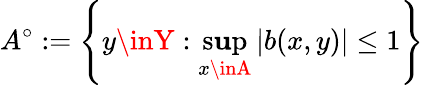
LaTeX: A^{\circ}:=\left\{ y\inY:\operatorname*{s\mathbf{u}p}_{x\inA}\left|b(x,y)\right|\leq1\right\}